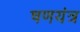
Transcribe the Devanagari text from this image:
षणयंत्र